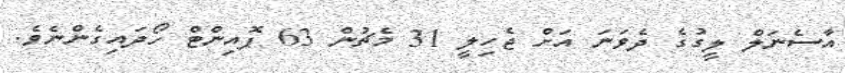
އާސެނަލް ލީގުގެ ދެވަނަ އަށް ޖެހިލީ 31 މެޗުން 63 ޕޮއިންޓް ހޯދައިގެންނެވެ.